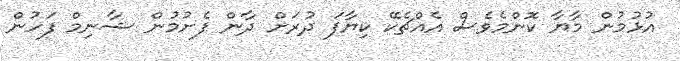
އުޅުމުން މާޔާ ކޮންމެވެސް އެއްޗެކޭ ކިޔާފަ ދުރަށް ދާން ފެށުމުން ޝާނިމް ފަހުން